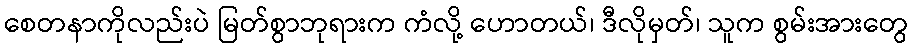
စေတနာကိုလည်းပဲ မြတ်စွာဘုရားက ကံလို့ ဟောတယ်၊ ဒီလိုမှတ်၊ သူက စွမ်းအားတွေ